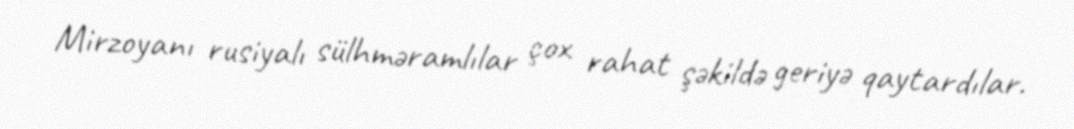
Mirzoyanı rusiyalı sülhməramlılar çox rahat şəkildə geriyə qaytardılar.